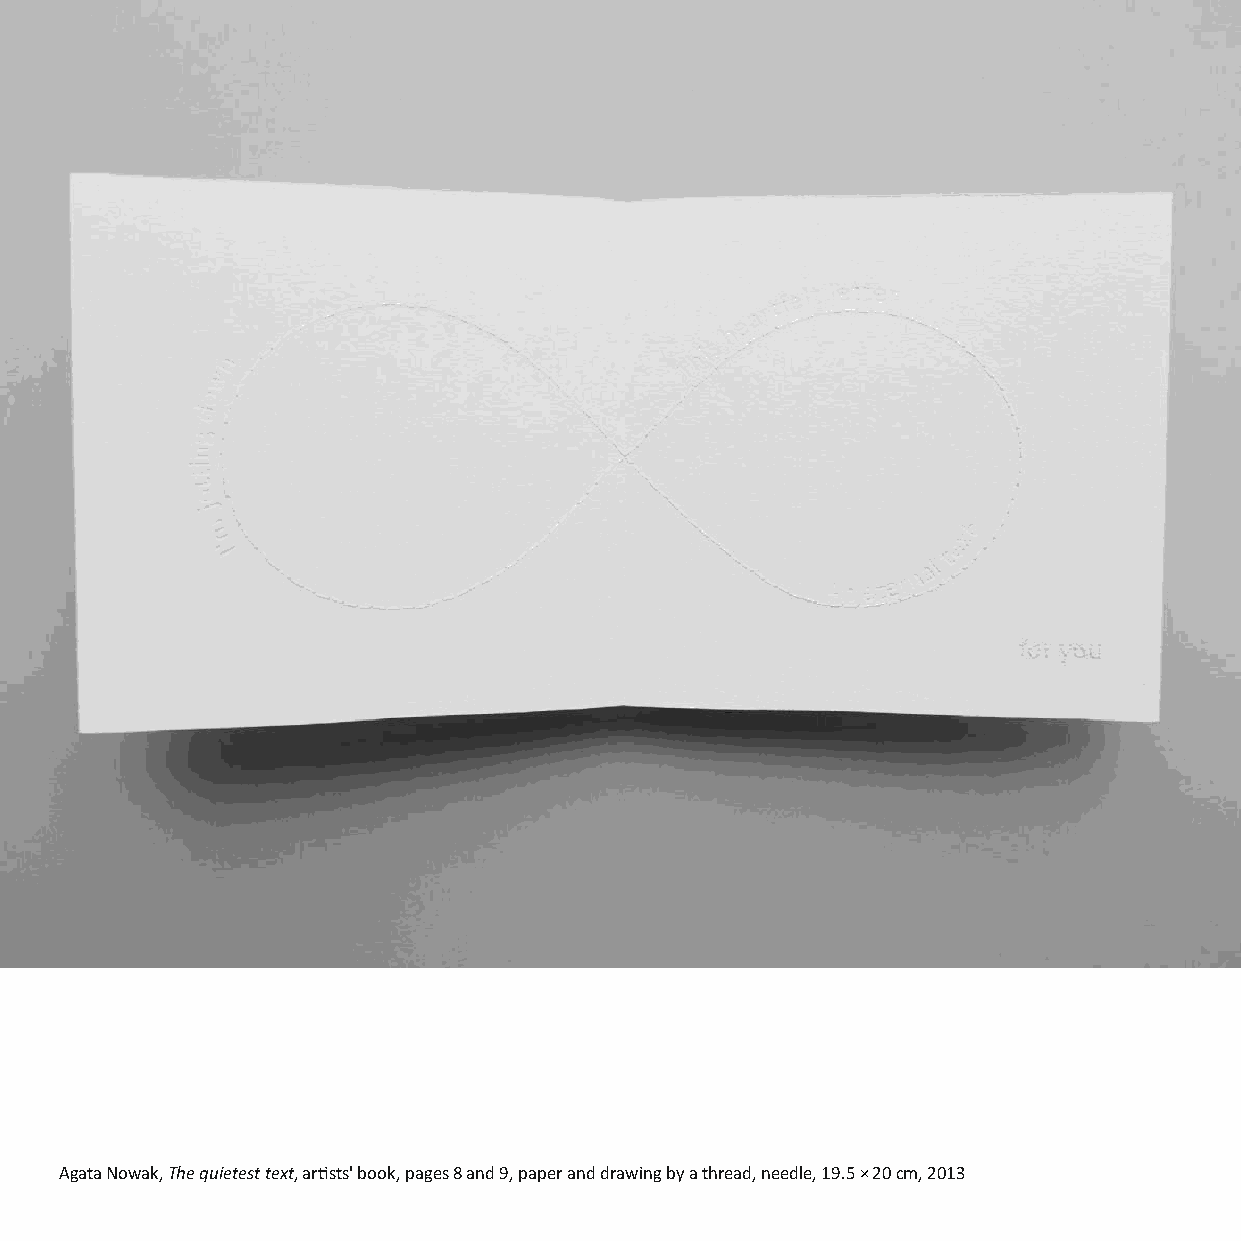
Agata Nowak, The quietest text, arsts' book, pages 8 and 9, paper and drawing by a thread, needle, 19.5 × 20 cm, 2013